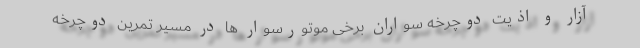
آزار و اذیت دوچرخه سواران برخی موتورسوار ها در مسیر تمرین دوچرخه